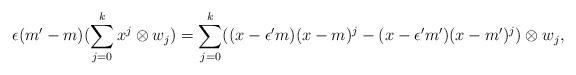
LaTeX: \begin{align*}\epsilon( m'-m)(\sum_{j=0}^{k}x^{j}\otimes w_{j})=\sum_{j=0}^{k}((x-\epsilon' m)(x-m)^{j}-(x-\epsilon' m')(x-m')^{j})\otimes w_{j},\end{align*}